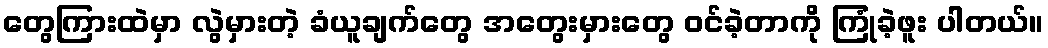
တွေကြားထဲမှာ လွဲမှားတဲ့ ခံယူချက်တွေ အတွေးမှားတွေ ဝင်ခဲ့တာကို ကြုံခဲ့ဖူး ပါတယ်။